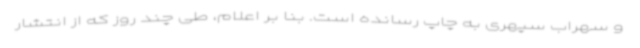
و سهراب سپهری به چاپ رسانده است. بنا بر اعلام، طی چند روز که از انتشار